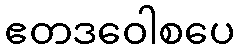
ဧတဒဝေါစပေ